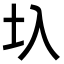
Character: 圦